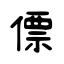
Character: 僄